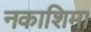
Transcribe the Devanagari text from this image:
नकाशिमा